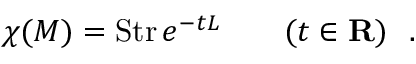
\chi ( M ) = \mathrm { S t r } \, e ^ { - t L } \qquad ( t \in { \bf R } ) \ \ .